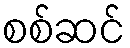
စစ်ဆင်